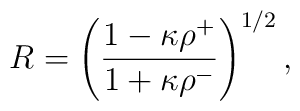
R = \left({1 - \kappa \rho^+\over 1 + \kappa \rho^-}\right)^{1/2},